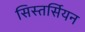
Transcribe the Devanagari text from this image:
सिस्तर्सियन